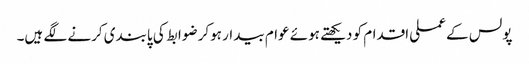
پولس کے عملی اقدام کو دیکھتے ہوئے عوام بیدار ہوکر ضوابط کی پابندی کرنے لگے ہیں۔